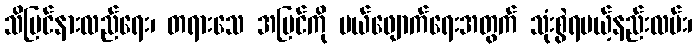
သိမြင်နားလည်ရေး၊ တရားသေ အမြင်ကို ပယ်ဖျောက်ရေးအတွက် သုံးစွဲရမယ့်နည်းလမ်း၊